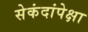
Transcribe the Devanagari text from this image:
सेकंदांपेक्षा